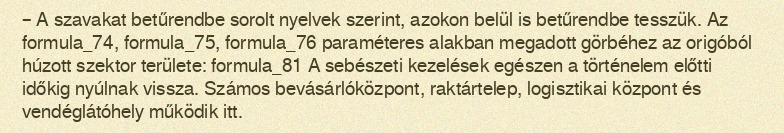
– A szavakat betűrendbe sorolt nyelvek szerint, azokon belül is betűrendbe tesszük. Az formula_74, formula_75, formula_76 paraméteres alakban megadott görbéhez az origóból húzott szektor területe: formula_81 A sebészeti kezelések egészen a történelem előtti időkig nyúlnak vissza. Számos bevásárlóközpont, raktártelep, logisztikai központ és vendéglátóhely működik itt.